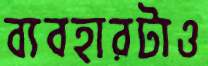
ব্যবহারটাও